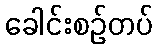
ခေါင်းစဉ်တပ်